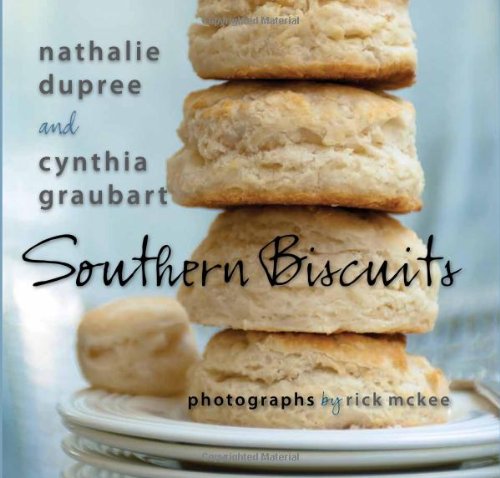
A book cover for Southern Biscuits; Nathalie Dupree; Cookbooks, Food & Wine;